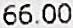
66.00